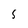
Character: 5